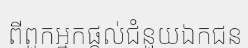
ពីពួកអ្នកផ្តល់ជំនួយឯកជន